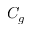
C _ { g }